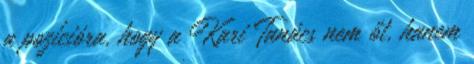
a pozícióra, hogy a Kari Tanács nem őt, hanem